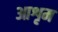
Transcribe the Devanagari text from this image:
आशृम